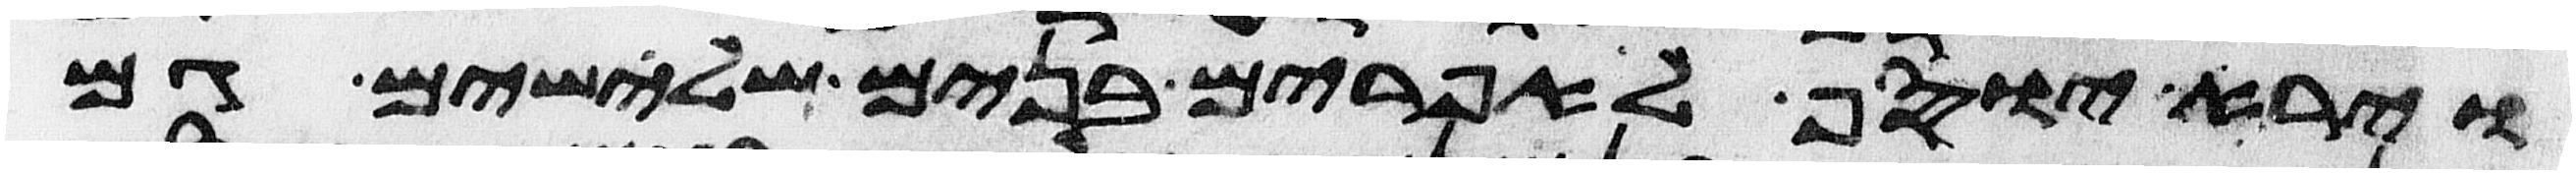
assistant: וירא יוסף לאפרים בנים שלישים גם